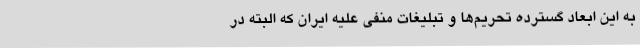
به این ابعاد گسترده تحریم‌ها و تبلیغات منفی علیه ایران که البته در